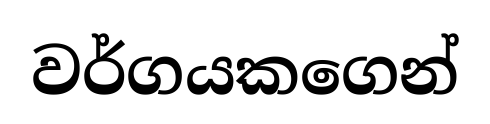
වර්ගයකගෙන්